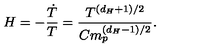
H = - \frac { \dot { T } } { T } = \frac { T ^ { ( d _ { H } + 1 ) / 2 } } { C m _ { p } ^ { ( d _ { H } - 1 ) / 2 } } .